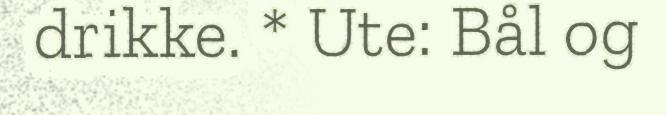
drikke. * Ute: Bål og